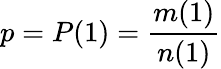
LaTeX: p=P(1)=\frac{m(1)}{n(1)}